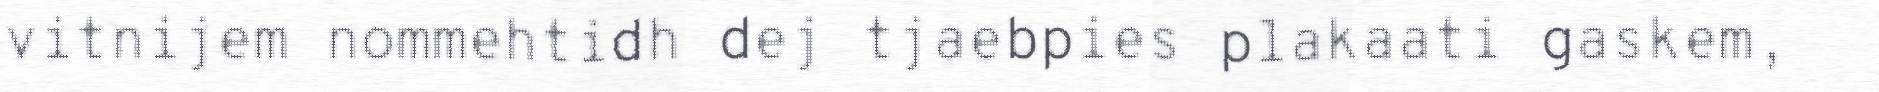
vitnijem nommehtidh dej tjaebpies plakaati gaskem,